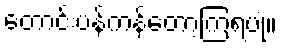
တောင်းပန်ကန်တော့ကြရပုံ။